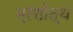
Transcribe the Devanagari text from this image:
भ्रंशोत्थ